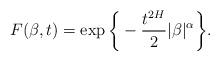
LaTeX: \begin{align*} F(\beta,t)= \exp\bigg\{-\frac{t^{2H}}{2}|\beta|^{\alpha}\bigg\}. \end{align*}